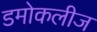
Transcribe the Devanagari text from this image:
डमोकलीज